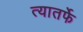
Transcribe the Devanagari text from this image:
त्यातर्फे